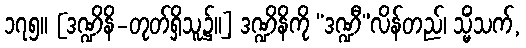
၁၇၅။ [ဒဏ္ဍိနိ-တုတ်ရှိသူ၌။] ဒဏ္ဍိနိကို “ဒဏ္ဍီ”လိန်တည်၊ သ္မိံသက်,